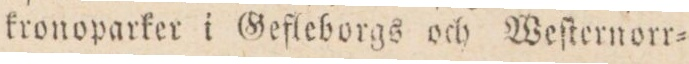
kronoparker i Gefleborgs och Weſternorr=